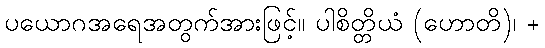
ပယောဂအရေအတွက်အားဖြင့်။ ပါစိတ္တိယံ (ဟောတိ)၊ +